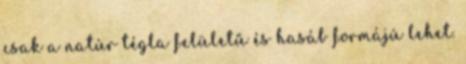
csak a natúr tégla felületű és hasáb formájú lehet.